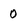
Character: 0